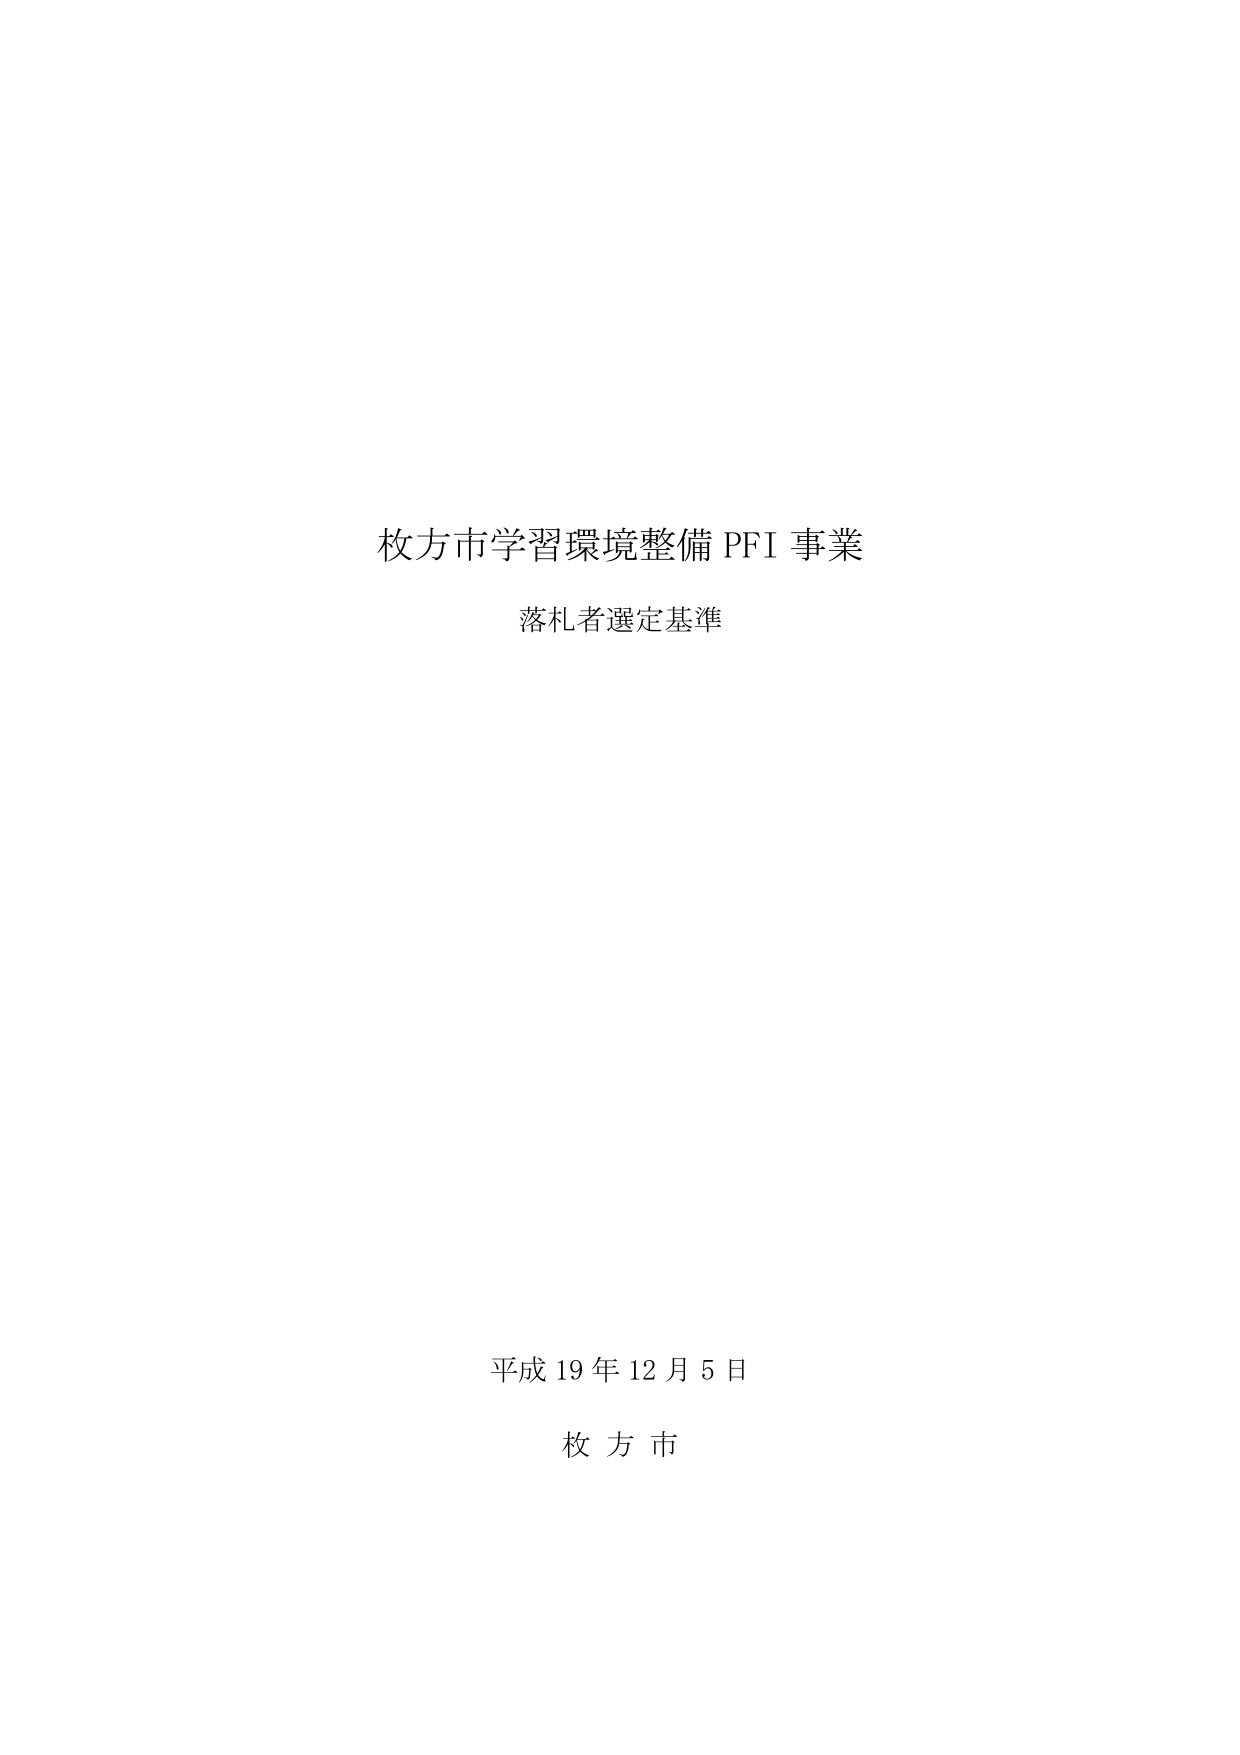
枚方市学習環境整備 PFI 事業
落札者選定基準

平成 19 年 12 月 5 日
枚 方 市